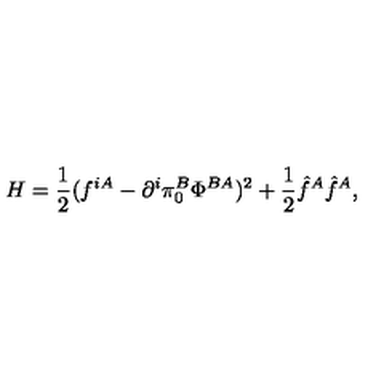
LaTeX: H = \frac { 1 } { 2 } ( f ^ { i A } - \partial ^ { i } \pi _ { 0 } ^ { B } \Phi ^ { B A } ) ^ { 2 } + \frac { 1 } { 2 } \hat { f } ^ { A } \hat { f } ^ { A } ,